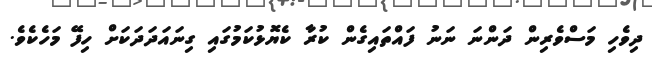
ދިވެހި މަސްވެރިން ދަންނަ ނަނު ފައްތައިގެން ކުރާ ކެޔޮޅުކަމުގައި ގިނައަދަދަކަށް ހިފޭ މަހެކެވެ.